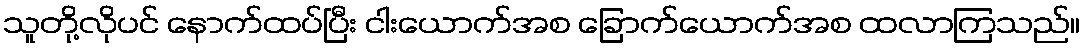
သူတို့လိုပင် နောက်ထပ်ပြီး ငါးယောက်အစ ခြောက်ယောက်အစ ထလာကြသည်။